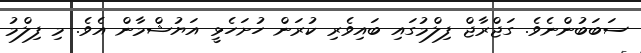
ސަބަބުންނެވެ. ގަޖްރާޖް ފިލްމުގައި ބައިވެރި ކުރަން ހުށަހެޅީ އަޔުޝްމާން އެވެ. މި ފިލްމު